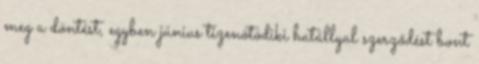
meg a döntést, egyben június tizenötödiki hatállyal szerződést bont